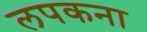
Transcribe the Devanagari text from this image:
लपकना